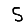
Digit: 5